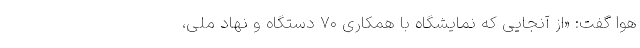
هوا گفت: «از آنجایی که نمایشگاه با همکاری ۷۰ دستگاه و نهاد ملی، ‌